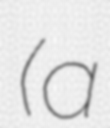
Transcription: (a